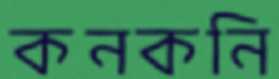
কনকনি